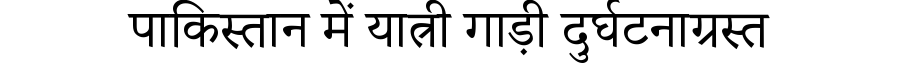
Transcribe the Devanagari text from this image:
पाकिस्तान में यात्री गाड़ी दुर्घटनाग्रस्त